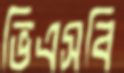
ভিএসবি